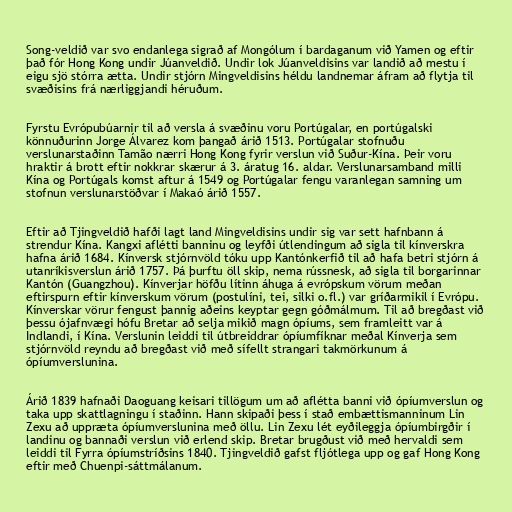
Song-veldið var svo endanlega sigrað af Mongólum í bardaganum við Yamen og eftir
það fór Hong Kong undir Júanveldið. Undir lok Júanveldisins var landið að mestu í
eigu sjö stórra ætta. Undir stjórn Mingveldisins héldu landnemar áfram að flytja til
svæðisins frá nærliggjandi héruðum.

Fyrstu Evrópubúarnir til að versla á svæðinu voru Portúgalar, en portúgalski
könnuðurinn Jorge Álvarez kom þangað árið 1513. Portúgalar stofnuðu
verslunarstaðinn Tamão nærri Hong Kong fyrir verslun við Suður-Kína. Þeir voru
hraktir á brott eftir nokkrar skærur á 3. áratug 16. aldar. Verslunarsamband milli
Kína og Portúgals komst aftur á 1549 og Portúgalar fengu varanlegan samning um
stofnun verslunarstöðvar í Makaó árið 1557.

Eftir að Tjingveldið hafði lagt land Mingveldisins undir sig var sett hafnbann á
strendur Kína. Kangxi aflétti banninu og leyfði útlendingum að sigla til kínverskra
hafna árið 1684. Kínversk stjórnvöld tóku upp Kantónkerfið til að hafa betri stjórn á
utanríkisverslun árið 1757. Þá þurftu öll skip, nema rússnesk, að sigla til borgarinnar
Kantón (Guangzhou). Kínverjar höfðu lítinn áhuga á evrópskum vörum meðan
eftirspurn eftir kínverskum vörum (postulíni, tei, silki o.fl.) var gríðarmikil í Evrópu.
Kínverskar vörur fengust þannig aðeins keyptar gegn góðmálmum. Til að bregðast við
þessu ójafnvægi hófu Bretar að selja mikið magn ópíums, sem framleitt var á
Indlandi, í Kína. Verslunin leiddi til útbreiddrar ópíumfíknar meðal Kínverja sem
stjórnvöld reyndu að bregðast við með sífellt strangari takmörkunum á
ópíumverslunina.

Árið 1839 hafnaði Daoguang keisari tillögum um að aflétta banni við ópíumverslun og
taka upp skattlagningu í staðinn. Hann skipaði þess í stað embættismanninum Lin
Zexu að uppræta ópíumverslunina með öllu. Lin Zexu lét eyðileggja ópíumbirgðir í
landinu og bannaði verslun við erlend skip. Bretar brugðust við með hervaldi sem
leiddi til Fyrra ópíumstríðsins 1840. Tjingveldið gafst fljótlega upp og gaf Hong Kong
eftir með Chuenpi-sáttmálanum.